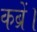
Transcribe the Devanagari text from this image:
कब्रें।